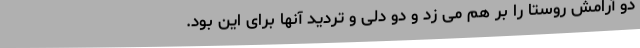
دو آرامش روستا را بر هم می زد و دو دلی و تردید آنها برای این بود.